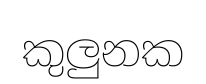
කුලුනක